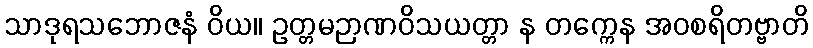
သာဒုရသဘောဇနံ ဝိယ။ ဥတ္တမဉာဏဝိသယတ္တာ န တက္ကေန အဝစရိတဗ္ဗာတိ